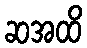
ဆအထိ